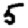
Digit: 5